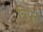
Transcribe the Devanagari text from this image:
त्रिपुरे